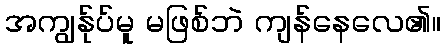
အကျွန်ုပ်မူ မဖြစ်ဘဲ ကျန်နေလေ၏။